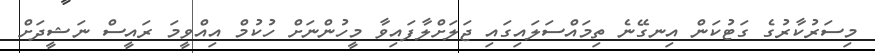
މިސަރުކާރުގެ ގަޓުކަން އިނގޭނެ ތިމައްސަލައިގައި ޖަލަށްލާފައިވާ މީހުންނަށް ހުކުމް އިއްވީމަ ރައީސް ނަޝީދަށް